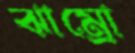
ঝাম্‌রো